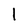
Character: I